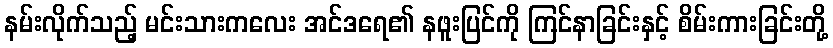
နမ်းလိုက်သည့် မင်းသားကလေး အင်ဒရေ၏ နဖူးပြင်ကို ကြင်နာခြင်းနှင့် စိမ်းကားခြင်းတို့